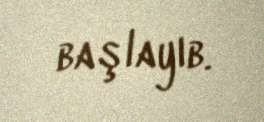
başlayıb.